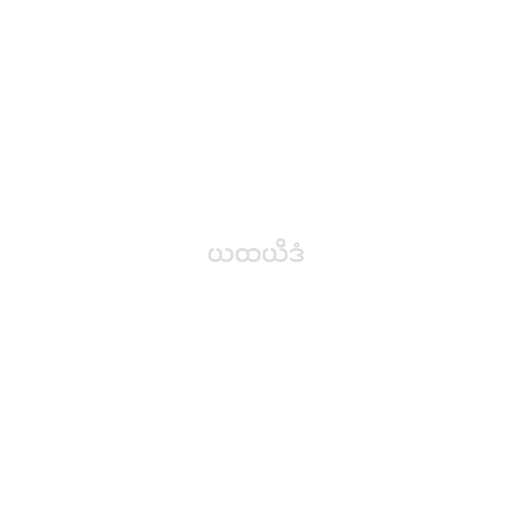
ယထယိဒံ